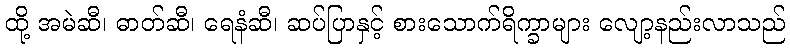
ထို့ အမဲဆီ၊ ဓာတ်ဆီ၊ ရေနံဆီ၊ ဆပ်ပြာနှင့် စားသောက်ရိက္ခာများ လျော့နည်းလာသည်